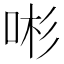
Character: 𱒩